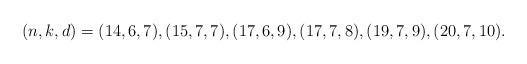
LaTeX: \begin{align*}(n,k,d)=(14,6,7),(15,7,7),(17,6,9), (17,7,8), (19,7,9),(20,7,10).\end{align*}